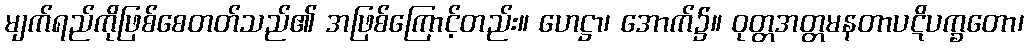
မျက်ရည်ကိုဖြစ်စေတတ်သည်၏ အဖြစ်ကြောင့်တည်း။ ဟေဋ္ဌာ၊ အောက်၌။ ဝုတ္တအတ္တမနတာပဋိပက္ခတော၊